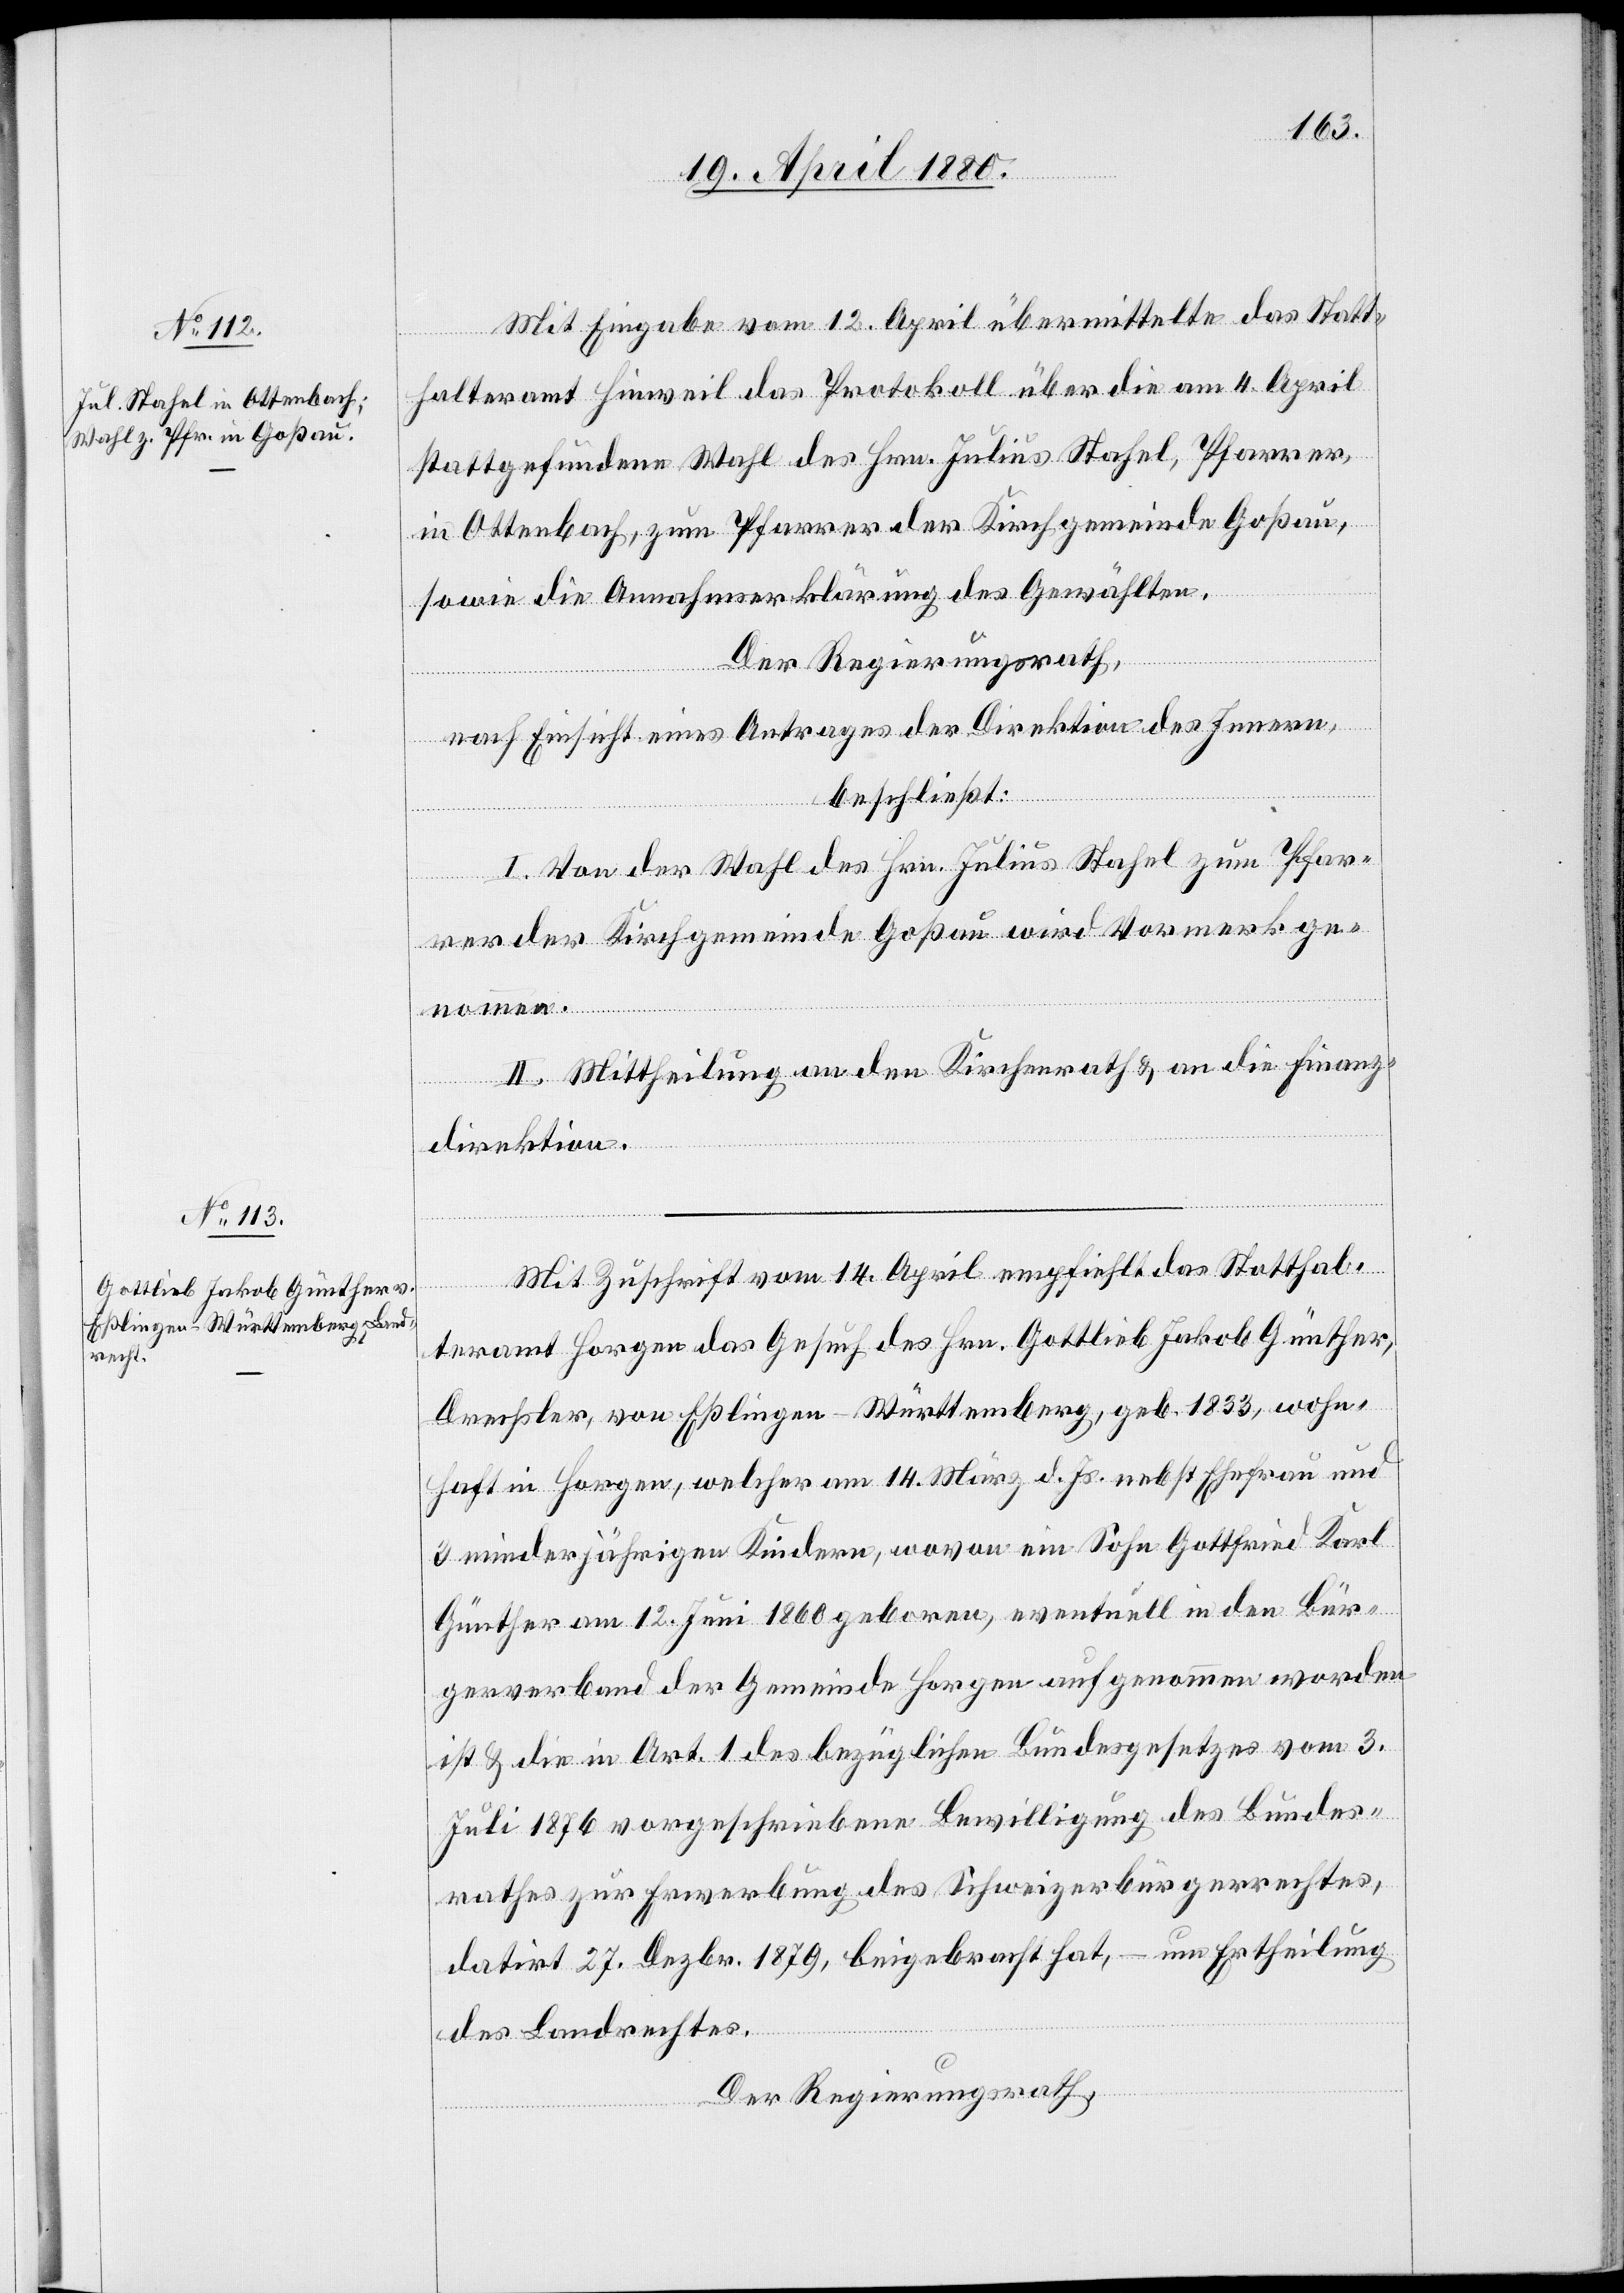
Mit Eingabe vom 12. April übermittelte das Statt¬
halteramt Hinweil das Protokoll über die am 4. April
stattgefundene Wahl des Hrn. Julius Stahel, Pfarrer,
in Ottenbach, zum Pfarrer der Kirchgemeinde Goßau,
sowie die Annahmeerklärung des Gewählten.
Der Regierungsrath,
nach Einsicht eines Antrages der Direktion des Innern,
beschließt:
I. Von der Wahl des Hrn. Julius Stahel zum Pfar¬
rer der Kirchgemeinde Goßau wird Vormerk ge¬
nommen.
II. Mittheilung an den Kirchenrath & an die Finanz¬
direktion.
Mit Zuschrift vom 14. April empfiehlt das Statthal¬
teramt Horgen das Gesuch des Hrn. Gottlieb Jakob Günther,
Drechsler, von Eßlingen - Württemberg, geb. 1833, wohn¬
haft in Horgen, welcher am 14. März d. Js. nebst Ehefrau und
3 minderjährigen Kindern, wovon ein Sohn Gottfried Karl
Günther am 12. Juni 1880 geboren, eventuell in den Bür¬
gerverband der Gemeinde Horgen aufgenommen worden
ist & die in Art. 1 des bezüglichen Bundesgesetzes vom 3.
Juli 1876 vorgeschriebene Bewilligung des Bundes¬
rathes zur Erwerbung des Schweizerbürgerrechtes,
datirt 27. Dezbr. 1879, beigebracht hat, – um Ertheilung
des Landrechtes.
Der Regierungsrath,